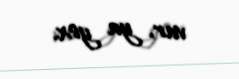
var, ya yox.